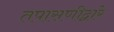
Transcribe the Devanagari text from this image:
तपासणीद्वारे